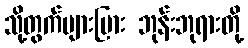
သို့တွက်များပြား ဘုန်းဘုရားတို့